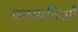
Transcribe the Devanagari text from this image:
वनस्पतिओं